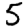
Digit: 5